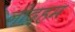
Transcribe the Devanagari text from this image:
नीद्हम